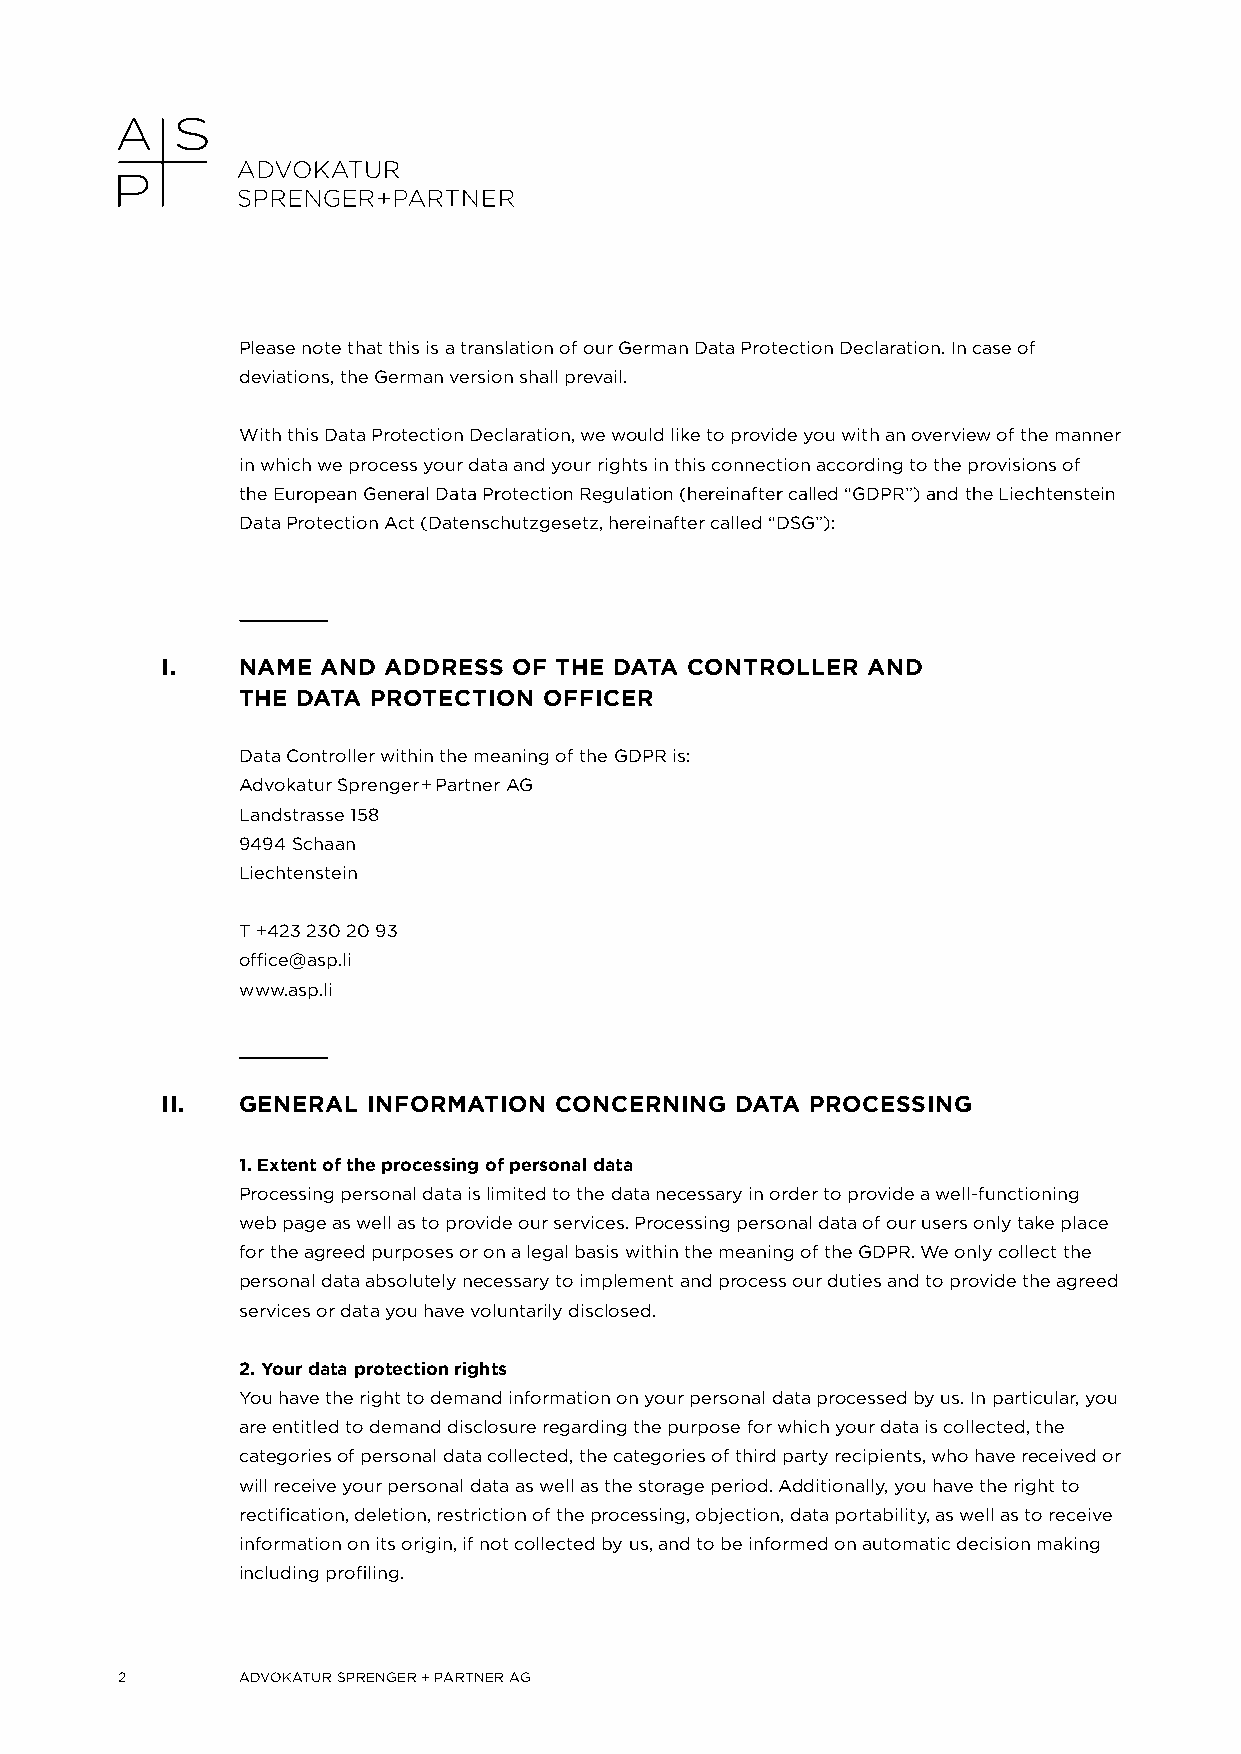
Please note that this is a translation of our German Data Protection Declaration. In case of
 deviations, the German version shall prevail.
 With this Data Protection Declaration, we would like to provide you with an overview of the manner
 in which we process your data and your rights in this connection according to the provisions of
 the European General Data Protection Regulation (hereinafter called “GDPR”) and the Liechtenstein
 Data Protection Act (Datenschutzgesetz, hereinafter called “DSG”):
 I.   NAME AND ADDRESS  OF THE DATA CONTROLLER AND
 THE DATA PROTECTION OFFICER
 Data Controller within the meaning of the GDPR is:
 Advokatur Sprenger + Partner AG
 Landstrasse 158
 9494 Schaan
 Liechtenstein
 T +423 230 20 93
 office@asp.li
 www.asp.li
 II.  GENERAL INFORMATION  CONCERNING  DATA PROCESSING
 1. Extent of the processing of personal data
 Processing personal data is limited to the data necessary in order to provide a well-functioning
 web page as well as to provide our services. Processing personal data of our users only take place
 for the agreed purposes or on a legal basis within the meaning of the GDPR. We only collect the
 personal data absolutely necessary to implement and process our duties and to provide the agreed
 services or data you have voluntarily disclosed.
 2. Your data protection rights
 You have the right to demand information on your personal data processed by us. In particular, you
 are entitled to demand disclosure regarding the purpose for which your data is collected, the
 categories of personal data collected, the categories of third party recipients, who have received or
 will receive your personal data as well as the storage period. Additionally, you have the right to
 rectification, deletion, restriction of the processing, objection, data portability, as well as to receive
 information on its origin, if not collected by us, and to be informed on automatic decision making
 including profiling.
 2       ADVOKATUR SPRENGER + PARTNER AG